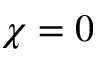
\chi = 0